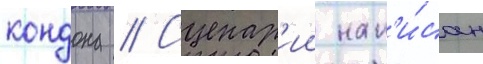
кондона // Сценар'ии нап'и́сан